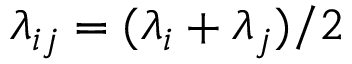
\lambda _ { i j } = ( \lambda _ { i } + \lambda _ { j } ) / 2